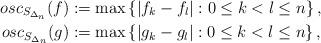
LaTeX: \begin{align*}osc_{S_{\Delta_n}}(f)&:=\max \left\{\left|f_{k}-f_{l}\right|:0\leq k<l\leq n\right\},\\osc_{S_{\Delta_n}}(g)&:=\max \left\{\left|g_{k}-g_{l}\right|:0\leq k<l\leq n\right\},\end{align*}